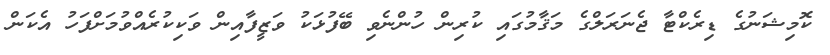
ކޮމިޝަނުގެ ޑިރެކްޓާ ޖެނަރަލްގެ މަޤާމުގައި ކުރިން ހުންނެވި ބޭފުޅަކު ވަޒީފާއިން ވަކިކުރެއްވުމަށްފަހު އެކަން